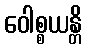
ဝေါစ္စယန္တိ